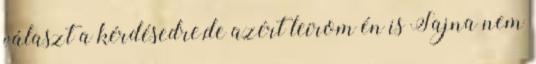
választ a kérdésedre,de azért leírom én is Sajna nem